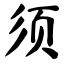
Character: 须